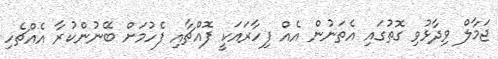
ޖަމާލް ވިދާޅުވި ގޮތުގައި އެތަނުން އެއް ފިހާރައަކީ ފޮއްޗާއި ފެހުމަށް ބޭނުންކުރާ އެއްޗެހި